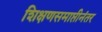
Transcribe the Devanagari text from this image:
शिक्षणसमाप्तीनंतर